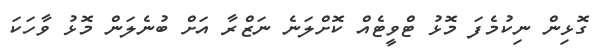
ގޮޅިން ނިކުމެފަ މޮޅު ޓްވީޓެއް ކޮށްލަނެ ނަޒްރާ އަށް ބުނެލަން މޮޅު ވާހަކަ